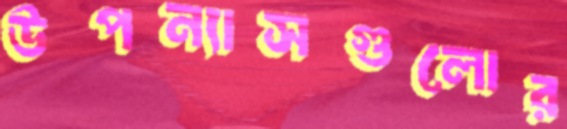
উপন্যাসগুলোর